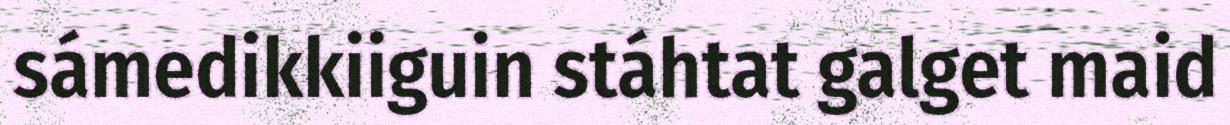
sámedikkiiguin stáhtat galget maid